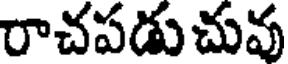
రాచపడు చువు